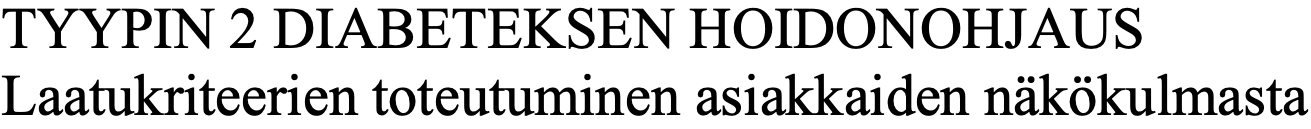
TYYPIN 2 DIABETEKSEN  HOIDONOHJAUS Laatukriteerien toteutuminen asiakkaiden näkökulmasta